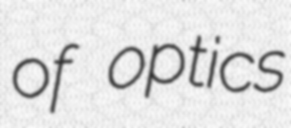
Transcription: of optics